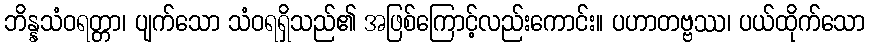
ဘိန္နသံဝရတ္တာ၊ ပျက်သော သံဝရရှိသည်၏ အဖြစ်ကြောင့်လည်းကောင်း။ ပဟာတဗ္ဗဿ၊ ပယ်ထိုက်သော